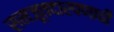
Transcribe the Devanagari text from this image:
समजूतदारपणाची